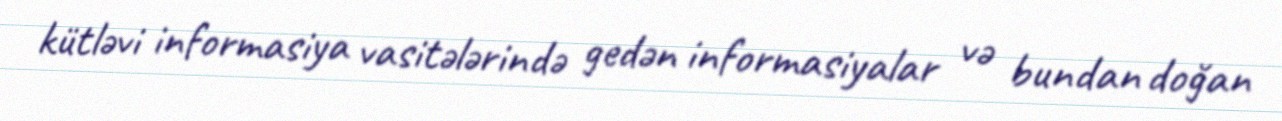
kütləvi informasiya vasitələrində gedən informasiyalar və bundan doğan